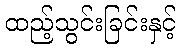
ထည့်သွင်းခြင်းနှင့်